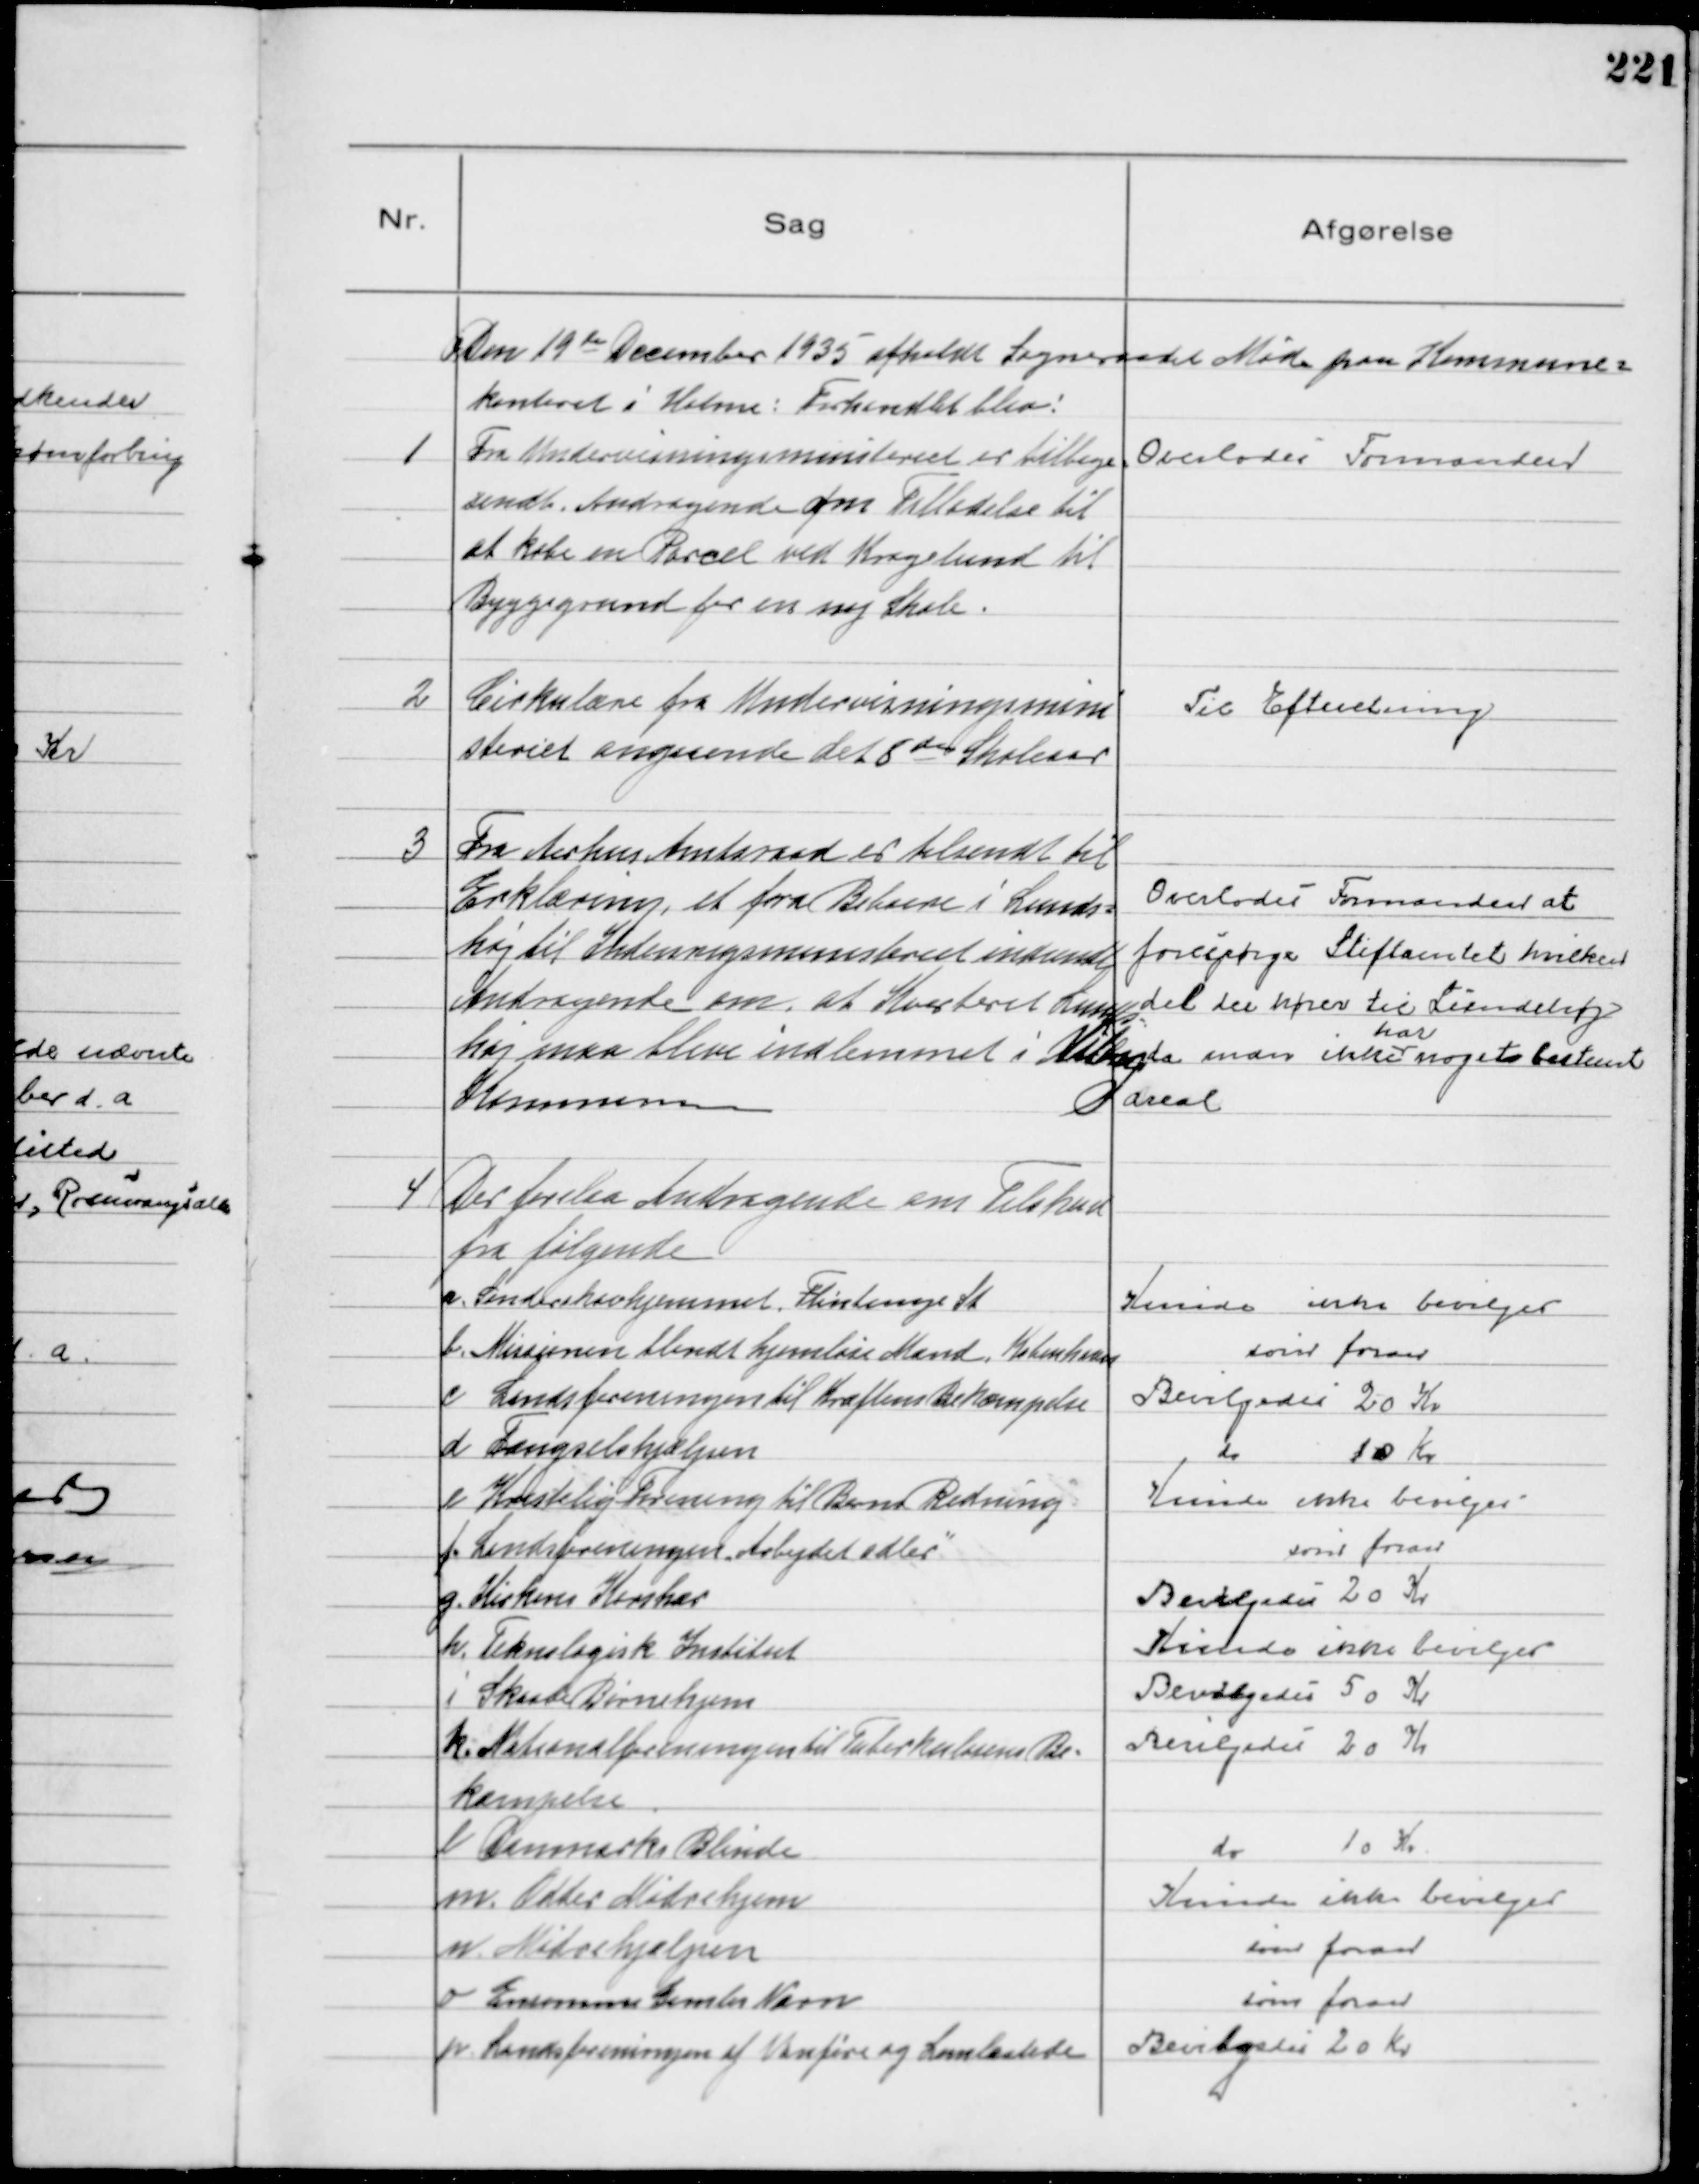
Transskription:
Den 19 de December 1935 afholdt Sogneraadet Møde paa Kommune-
kontoret i Holme: Forhandlet blev!

1
Fra Undervisningsministeriet er tilbage
sendt Andragende om Tilladelse til
at købe en Parcel ved Kragelund til
Byggegrund for en ny Skole.

Overlodes Formanden

2
Cirkulære fra Undrvisningsmini
steriet angaaende det 8 de Skoleaar

Til Efteretning

3
Fra Aarhus Amtsraad er tilsendt til
Erklæring, et fra Beboere i Lunds-
høj til Indenrigsministeriet indsendt
Andragende om, at Kvarteret Lunds-
høj maa blive indlemmet i Viby
Kommune

Overlodes Formanden at
forespørge Stiftamtet hvilken
del der hører til Lundshøj
da man ikke
har
noget bestemt
Areal

4
Der forelaa Andragende om Tilskud
fra følgende
a. Sønderskovhjemmet, Flintinge St
Kunde ikke bevilges
b. Missionen blandt hjemløse Mænd, København
som foran
c Landsforeningen til Kræftens Bekæmpelse
Bevilgedes 20 Kr
d Fængselshjælpen
do 10 Kr
e Kristelig Forening til Børns Redning
Kunde ikke bevilges
f. Landsforeningen "Arbejdet adler"
som foran
g. Kirkens Korshær
Bevilgedes 20 Kr
h. Teknologisk Institut
Kunde ikke bevilges
i Skaade Børnehjem
Bevilgedes 50 Kr
k. Nationalforeningen til Tuberkulosens Be-
kæmpelse
Bevilgedes 20 Kr
l Danmarks Blinde
do 10 Kr
m. Odder Mødrehjem
Kunde ikke bevilges
n Mødrehjælpen
som foran
o Ensomme Gamles Værn
som foran
p. Landsforeningen af Vanføre og Lemlæstede
Bevilgedes 20 Kr